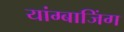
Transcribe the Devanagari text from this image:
यांग्बाजिंग